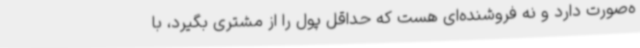
ه‌صورت دارد و نه فروشنده‌ای هست که حداقل پول را از مشتری بگیرد، با